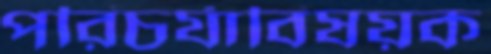
পরিচর্যাবিষয়ক